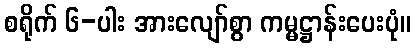
စရိုက် ၆-ပါး အားလျော်စွာ ကမ္မဋ္ဌာန်းပေးပုံ။